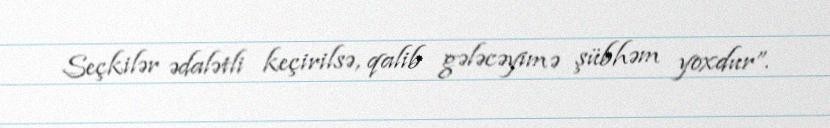
Seçkilər ədalətli keçirilsə, qalib gələcəyimə şübhəm yoxdur”.